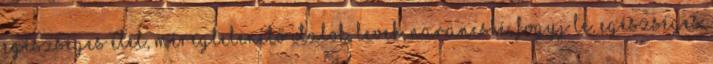
Egészséges Étel, Méregtelenítő Italok, Levek, Narancslé, Fogyj Le, Egészséges